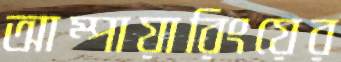
আম্পায়ারিংয়ের